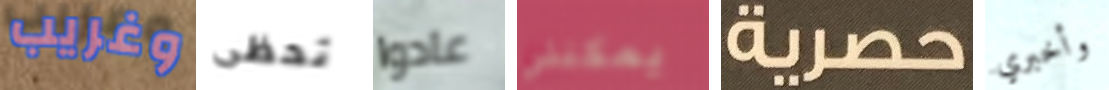
وغريب تحظى عادوا يمكنني حصرية وأخبري